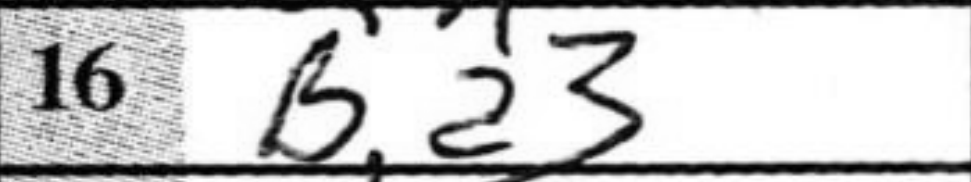
Transcription: Ba3